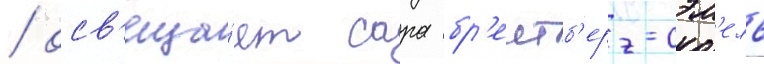
/ осв'еща́ет сара бр'еитб'ерг-сэм'ель